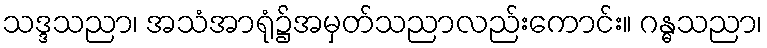
သဒ္ဒသညာ၊ အသံအာရုံ၌အမှတ်သညာလည်းကောင်း။ ဂန္ဓသညာ၊